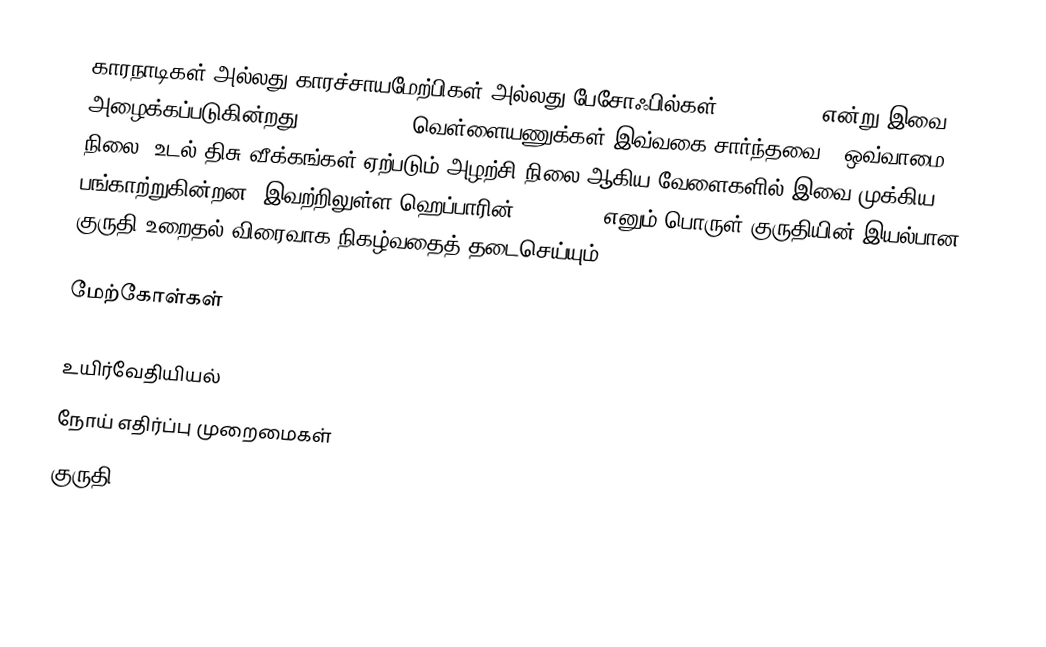
காரநாடிகள் அல்லது காரச்சாயமேற்பிகள் அல்லது பேசோஃபில்கள் (Basophils) என்று இவை அழைக்கப்படுகின்றது. 0.1% - 0.3%  வெள்ளையணுக்கள் இவ்வகை சார்ந்தவை . ஒவ்வாமை நிலை, உடல் திசு வீக்கங்கள் ஏற்படும் அழற்சி நிலை ஆகிய வேளைகளில் இவை முக்கிய பங்காற்றுகின்றன. இவற்றிலுள்ள ஹெப்பாரின் (Heparin) எனும் பொருள் குருதியின் இயல்பான குருதி உறைதல் விரைவாக நிகழ்வதைத் தடைசெய்யும்.

மேற்கோள்கள்

உயிர்வேதியியல்
நோய் எதிர்ப்பு முறைமைகள்
குருதி